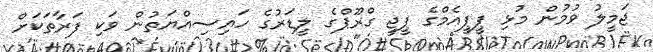
ޖަމީލު ވުމުން މުޅި ޕީޕީއެމްގެ ޕީޖީ ގްރޫޕްގެ ލީޑަރުގެ ހައިސިއްޔަތުން ވަކި ފަރާތަކަށް